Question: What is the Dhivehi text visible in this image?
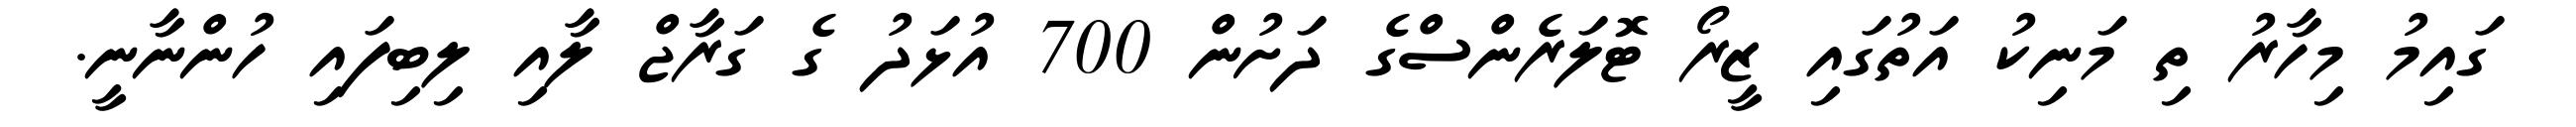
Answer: ގައިމު މިހާރު ތި މަނިކު އަތުގައި ޒީރޯ ޓޮލަރެންސްގެ ދަށުން 700 އުޅަދު ގެ ގަރާޖް ލާއި ލިބިފައި ހުންނާނީ.